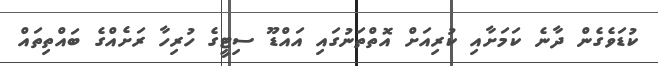
ކުޑަވެގެން ދާނެ ކަމަށާއި ކުރިއަށް އޮތްތަނުގައި އައްޑޫ ސިޓީގެ ހުރިހާ ރަށެއްގެ ބައްތިތައް